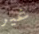
غير